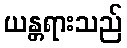
ယန္တရားသည်